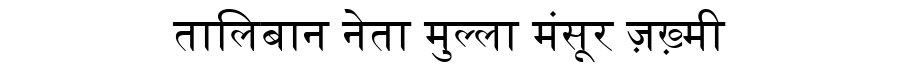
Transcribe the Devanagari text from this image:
तालिबान नेता मुल्ला मंसूर ज़ख़्मी